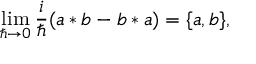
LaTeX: \operatorname * { l i m } _ { \hbar \rightarrow 0 } \frac i \hbar ( a * b - b * a ) = \{ a , b \} ,